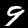
Label: 9